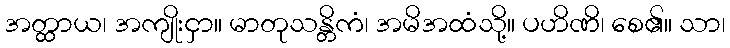
အတ္ထာယ၊ အကျိုးငှာ။ မာတုသန္တိကံ၊ အမိအထံသို့။ ပဟိဏိ၊ စေ၏။ သာ၊